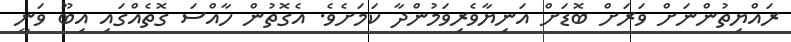
ރައްޔިތުންނަށް ވަރަށް ބޮޑަށް އަނިޔާވެރިވަމުންދާ ކަމަށެވެ. އެގޮތުން ހާއްސަ ގޮތެއްގައި އިބޫ ވަނީ